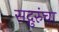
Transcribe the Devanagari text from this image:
सद्गुरुंचा